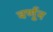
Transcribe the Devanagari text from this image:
वर्णून